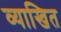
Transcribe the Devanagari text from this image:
व्याखित